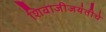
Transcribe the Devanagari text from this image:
शिवाजीजयंतीचे